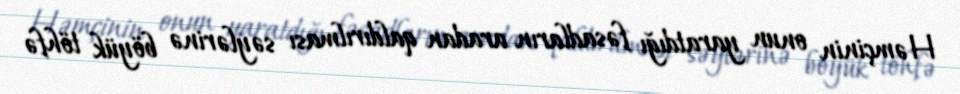
Həmçinin onun yaratdığı fəsadların aradan qaldırılması səylərinə böyük töhfə